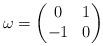
LaTeX: \begin{align*}\omega=\left(\begin{matrix} 0&1 \\ -1&0\end{matrix}\right) \end{align*}